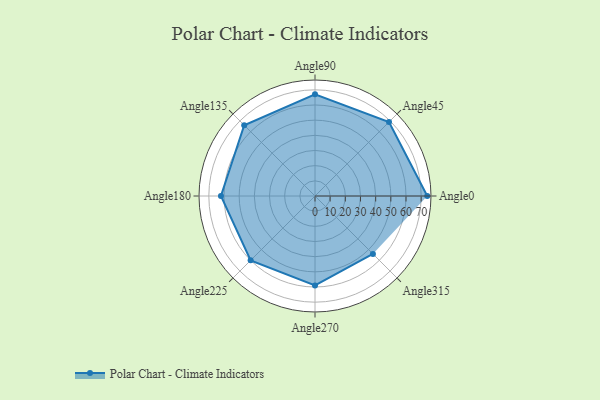
{"axis": {"x": "Angle", "y": "Radius"}, "legend": [""], "data": [{"x": "Angle0", "y": 74.0, "type": ""}, {"x": "Angle45", "y": 69.0, "type": ""}, {"x": "Angle90", "y": 67.0, "type": ""}, {"x": "Angle135", "y": 66.0, "type": ""}, {"x": "Angle180", "y": 62.0, "type": ""}, {"x": "Angle225", "y": 60.0, "type": ""}, {"x": "Angle270", "y": 59.0, "type": ""}, {"x": "Angle315", "y": 54.0, "type": ""}]}